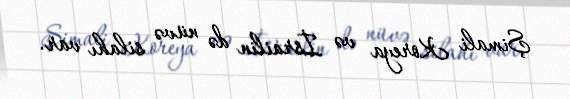
Şimali Koreya və İsrailin də nüvə silahı var.